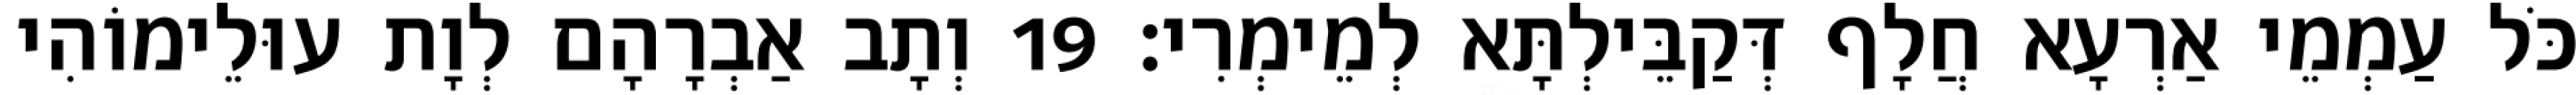
כֹּל עַמְמֵי אַרְעָא חֲלָף דְּקַבֵּילְתָּא לְמֵימְרִי׃ 19 וְתָב אַבְרָהָם לְוָת עוּלֵימוֹהִי